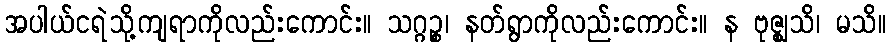
အပါယ်ငရဲသို့ကျရာကိုလည်းကောင်း။ သဂ္ဂဉ္စ၊ နတ်ရွာကိုလည်းကောင်း။ န ဗုဇ္ဈသိ၊ မသိ။